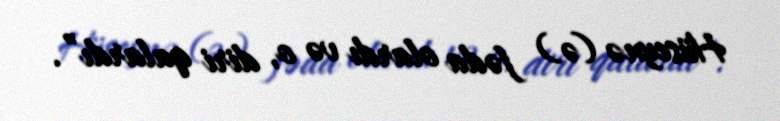
Hüseynə (ə) fəda olardı və o, diri qalardı”.